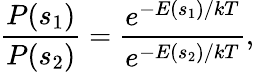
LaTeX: {\frac{P(s_{1})}{P(s_{2})}}={\frac{e^{-E(s_{1})/kT}}{e^{-E(s_{2})/kT}}},